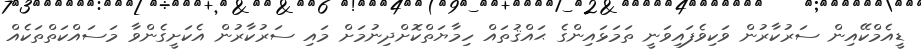
ޑީއެމްކޭއިން ސަރުކާރުން ވަކިވެފައިވަނީ ތަމަޅައިންގެ ޙައްޤުތައް ހިމާޔަތްކޮށްދިނުމަށް މައި ސަރުކާރުން އެކަށީގެންވާ މަސައްކަތްތަކެއް